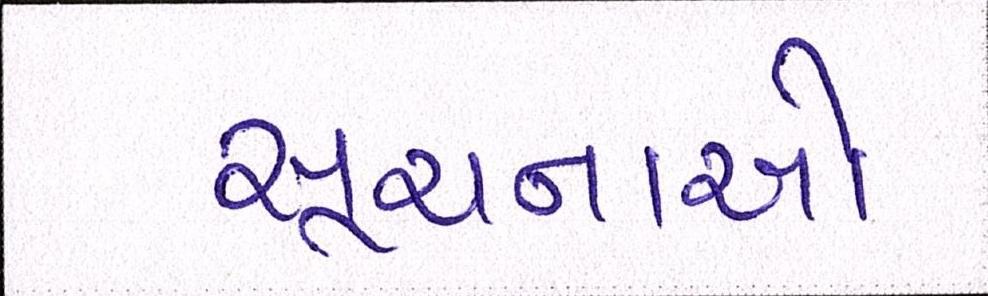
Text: સૂચનાઓ